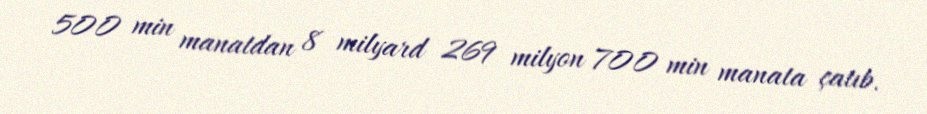
500 min manatdan 8 milyard 269 milyon 700 min manata çatıb.